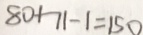
8 0 + 7 1 - 1 = 1 5 0